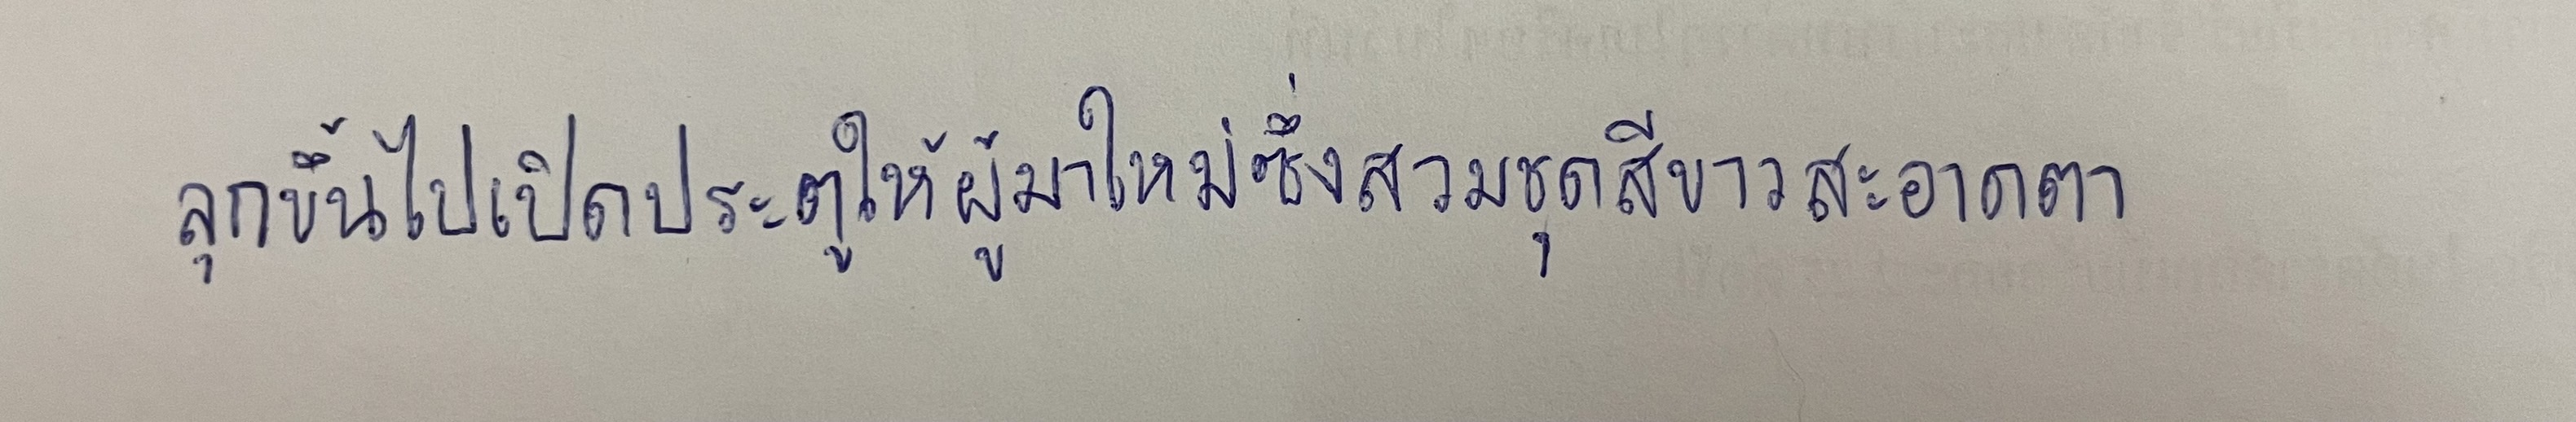
ลุกขึ้นไปเปิดประตูให้ผู้มาใหม่ซึ่งสวมชุดสีขาวสะอาดตา